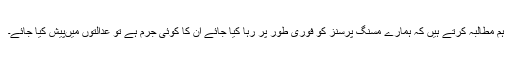
ہم مطالبہ کرتے ہیں کہ ہمارے مسنگ پرسنز کو فوری طور پر رہا کیا جائے ان کا کوئی جرم ہے تو عدالتوں میںپیش کیا جائے۔